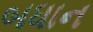
બધાન